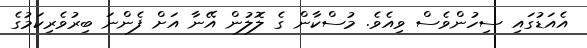
އެއަޑުގައި ސިހުންވެސް ވިއެވެ. މުސްކާން ގެ ލޮލުން އޭނާ އަށް ފެންނަ ބިރުވެރިކަމުގެ